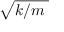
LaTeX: \sqrt { k / m \; }